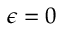
\epsilon = 0